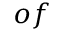
o f